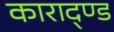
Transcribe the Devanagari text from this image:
काराद्ण्ड